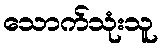
သောက်သုံးသူ